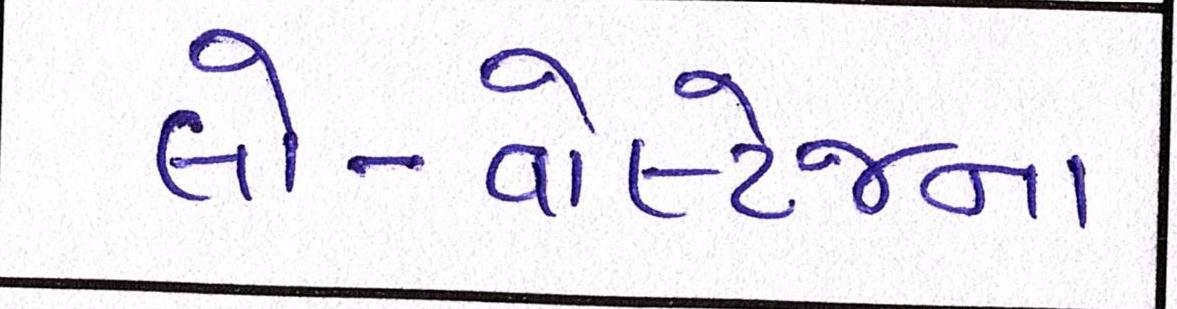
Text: લો-વોલ્ટેજના